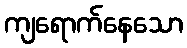
ကျရောက်နေသော